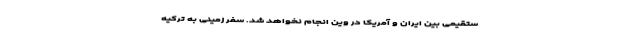
ستقیمی بین ایران و آمریکا در وین انجام نخواهد شد. سفر زمینی به ترکیه